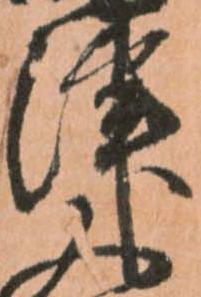
津